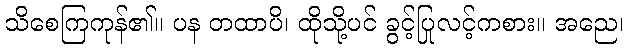
သိစေကြကုန်၏။ ပန တထာပိ၊ ထိုသို့ပင် ခွင့်ပြုလင့်ကစား။ အညေ၊